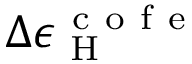
\Delta \epsilon _ { \mathrm { ~ H ~ } } ^ { \mathrm { ~ c ~ o ~ f ~ e ~ } }